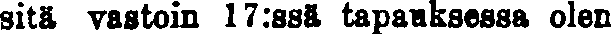
sitä vastoin 17:ssä tapauksessa olen